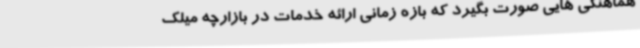
هماهنگی هایی صورت بگیرد که بازه زمانی ارائه خدمات در بازارچه میلک